Civil Veterinary Dept. Bombay admin report 1907-1913 - 1907-1913
Year: 1907
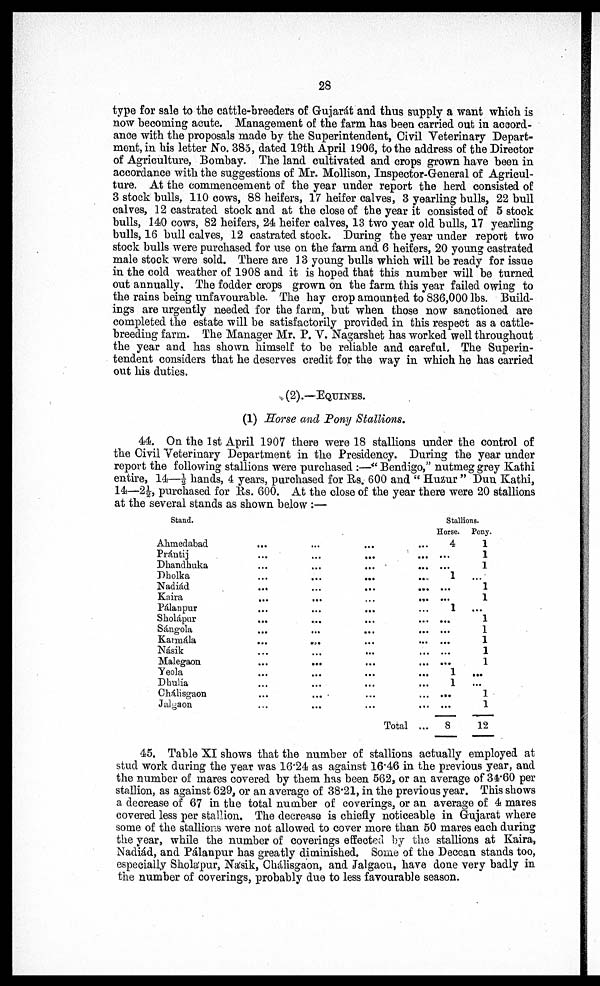
28
type for sale to the cattle-breeders of Gujarát and thus supply a want which is
now becoming acute. Management of the farm has been carried out in accord-
ance with the proposals made by the Superintendent, Civil Veterinary Depart-
ment, in his letter No. 385, dated 19th April 1906, to the address of the Director
of Agriculture, Bombay. The land cultivated and crops grown have been in
accordance with the suggestions of Mr. Mollison, Inspector-General of Agricul-
ture. At the commencement of the year under report the herd consisted of
3 stock bulls, 110 cows, 88 heifers, 17 heifer calves, 3 yearling bulls, 22 bull
calves, 12 castrated stock and at the close of the year it consisted of 5 stock
bulls, 140 cows, 82 heifers, 24 heifer calves, 13 two year old bulls, 17 yearling
bulls, 16 bull calves, 12 castrated stock. During the year under report two
stock bulls were purchased for use on the farm and 6 heifers, 20 young castrated
male stock were sold. There are 13 young bulls which will be ready for issue
in the cold weather of 1908 and it is hoped that this number will be turned
out annually. The fodder crops grown on the farm this year failed owing to
the rains being unfavourable. The hay crop amounted to 836,000 lbs. Build-
ings are urgently needed for the farm, but when those now sanctioned are
completed the estate will be satisfactorily provided in this respect as a cattle-
breeding farm. The Manager Mr. P. V. Nagarshet has worked well throughout
the year and has shown himself to be reliable and careful. The Superin-
tendent considers that he deserves credit for the way in which he has carried
out his duties.
(2).—EQUINES.
(1) Horse and Pony Stallions.
44. On the 1st April 1907 there were 18 stallions under the control of
the Civil Veterinary Department in the Presidency. During the year under
report the following stallions were purchased:—"Bendigo," nutmeg grey Kathi
entire, 14—½ hands, 4 years, purchased for Rs. 600 and "Huzur" Dun Kathi,
14—2½, purchased for Rs. 600. At the close of the year there were 20 stallions
at the several stands as shown below:—
45. Table XI shows that the number of stallions actually employed at
stud work during the year was 16.24 as against 16.46 in the previous year, and
the number of mares covered by them has been 562, or an average of 34.60 per
stallion, as against 629, or an average of 38.21, in the previous year. This shows
a decrease of 67 in the total number of coverings, or an average of 4 mares
covered less per stallion. The decrease is chiefly noticeable in Gujarat where
some of the stallions were not allowed to cover more than 50 mares each during
the year, while the number of coverings effected by the stallions at Kaira,
Nadiad, and Pálanpur has greatly diminished. Some of the Deccan stands too,
especially Sholápur, Násik, Chalisgaon, and Jalgaon, have done very badly in
the number of coverings, probably due to less favourable season.
Stand.
Ahmedabad
Prántij
Dhandhuka
Dholka
Nadiad
Kaira
Pálanpur
Sholápur
Sángola
Karmála
Násik
Malegaon
Yeola
Dhulia
Chálisgaon
Jalyaon
...
...
...
...
...
...
...
...
...
...
...
...
...
...
...
...
...
...
...
...
...
...
...
...
...
...
...
...
...
...
...
...
...
...
...
...
...
...
...
...
...
...
...
...
...
...
Total
...
...
...
..
...
...
...
...
...
...
...
...
...
...
...
...
Stallions.
Horse.
4
...
...
1
...
...
1
...
...
...
...
...
1
1
...
...
8
Pony.
1
1
1
1
1
...
1
1
1
1
1
...
...
1
1
12